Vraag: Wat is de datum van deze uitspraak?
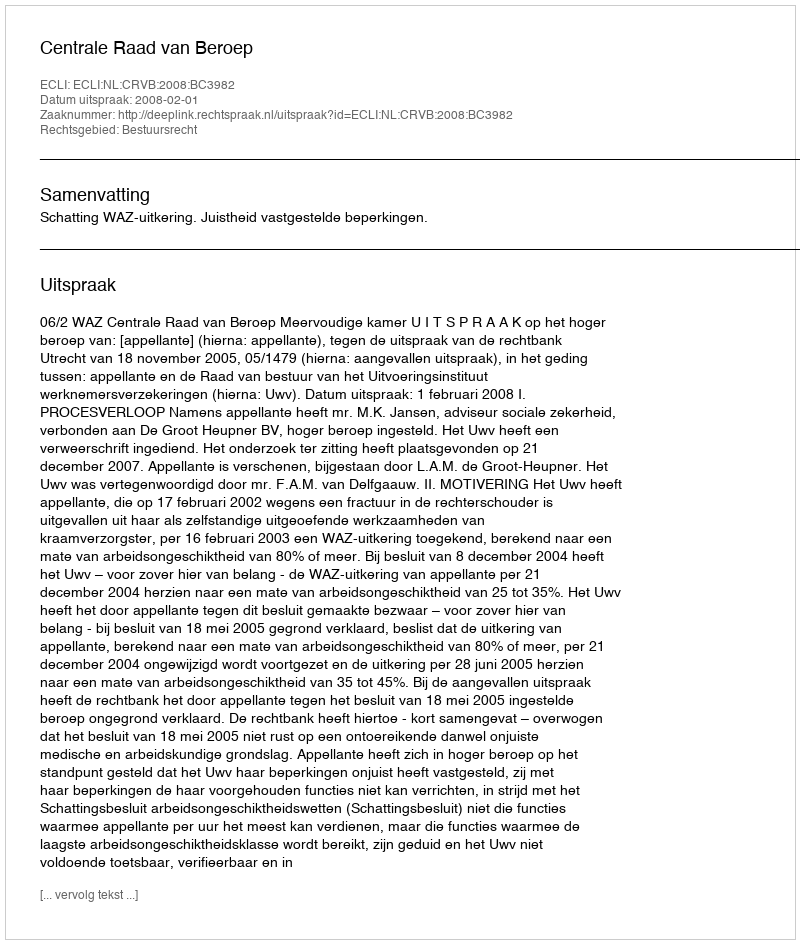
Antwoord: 2008-02-01